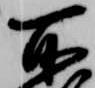
所